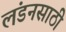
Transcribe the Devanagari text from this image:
लंडनसाठी